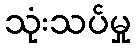
သုံးသပ်မှု